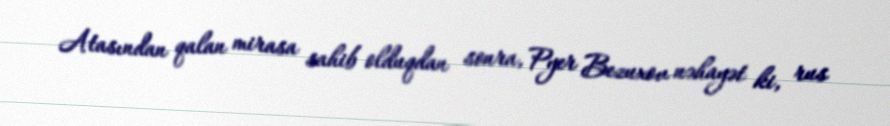
Atasından qalan mirasa sahib olduqdan sonra, Pyer Bezuxov nəhayət ki, rus